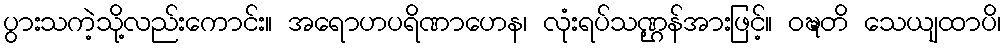
ပွားသကဲ့သို့လည်းကောင်း။ အရောဟပရိဏာဟေန၊ လုံးရပ်သဏ္ဌန်အားဖြင့်။ ဝဍ္ဎတိ သေယျထာပိ၊